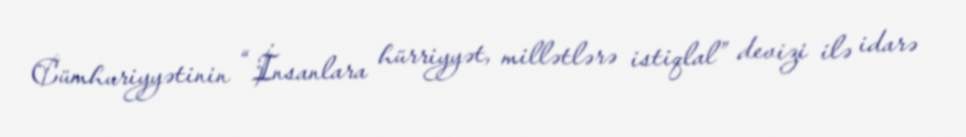
Cümhuriyyətinin “ İnsanlara hürriyyət, millətlərə istiqlal” devizi ilə idarə